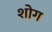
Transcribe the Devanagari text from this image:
शोग